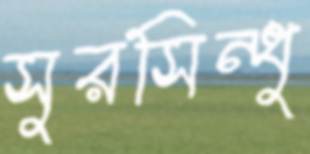
সুরসিন্ধু